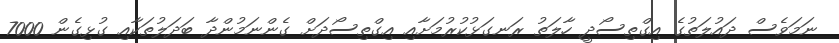
ނަމަވެސް ދައުލަތުގެ އިގްތިސޯދީ ހާލަތު ރަނގަޅުކުރުމަށާއި އިގްތިސޯދަށް ގެންނަމުންދާ ބަދަލުތަކާއި ގުޅިގެން 7000